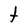
Character: t